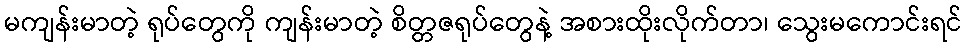
မကျန်းမာတဲ့ ရုပ်တွေကို ကျန်းမာတဲ့ စိတ္တဇရုပ်တွေနဲ့ အစားထိုးလိုက်တာ၊ သွေးမကောင်းရင်